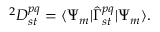
^ { 2 } D _ { s t } ^ { p q } = \langle \Psi _ { m } | { \hat { \Gamma } } _ { s t } ^ { p q } | \Psi _ { m } \rangle .